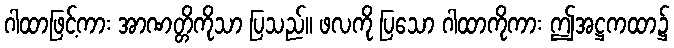
ဂါထာဖြင့်ကား အာဏတ္တိကိုသာ ပြသည်။ ဖလကို ပြသော ဂါထာကိုကား ဤအဋ္ဌကထာ၌